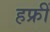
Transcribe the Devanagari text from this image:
हफ्रीं